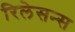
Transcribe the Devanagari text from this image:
रिलेसन्स